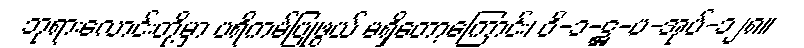
ဘုရားလောင်းတို့မှာ ပရိကမ်ပြုဖွယ် မရှိတော့ကြောင်း၊ ဝိ-၁-ဋ္ဌ-ပ-အုပ်-၁၂၈။